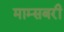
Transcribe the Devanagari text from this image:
माम्सबरी